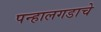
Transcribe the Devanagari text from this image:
पन्हालगडाचे